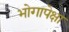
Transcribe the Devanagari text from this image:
भोगापेक्षा